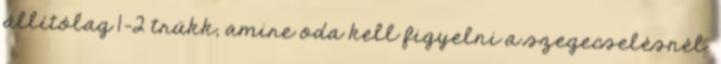
állítólag 1-2 trükk, amire oda kell figyelni a szegecselésnél.